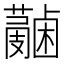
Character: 𧃭